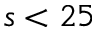
s < 2 5